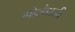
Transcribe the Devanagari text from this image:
गोलंडाजी